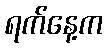
ရက်နေ့က